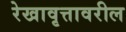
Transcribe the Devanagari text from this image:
रेखावृत्तावरील